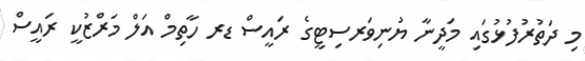
މި ދަތުރުފުޅުގައި މަދީނާ ޔުނިވަރސިޓީގެ ރައީސް ޑރ ހާތިމް އަލް މަރްޒުކީ ރައީސް